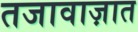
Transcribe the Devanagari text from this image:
तजावाज़ात